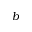
b